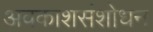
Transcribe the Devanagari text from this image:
अवकाशसंशोधन